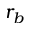
r _ { b }